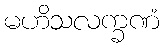
မဟိသလက္ခဏံ